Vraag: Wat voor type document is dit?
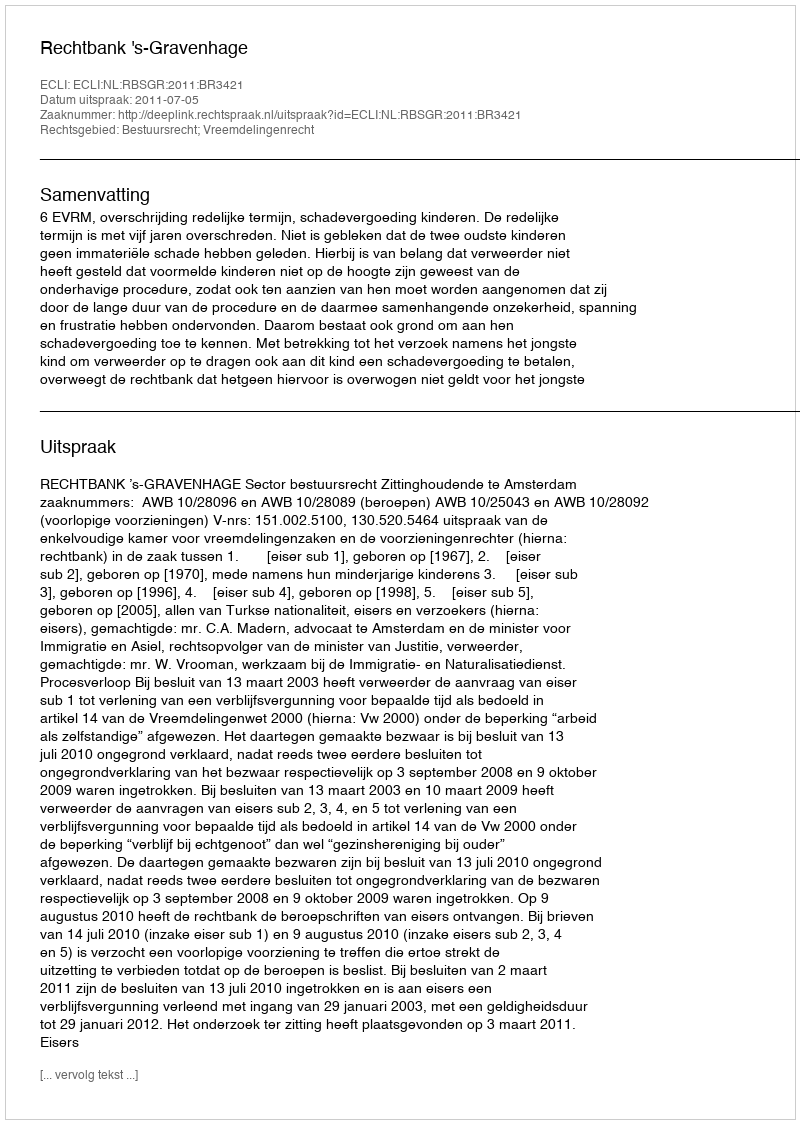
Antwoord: Uitspraak